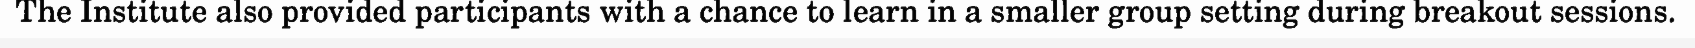
The Institute also provided participants with a chance to learn in a smaller group setting during breakout sessions.